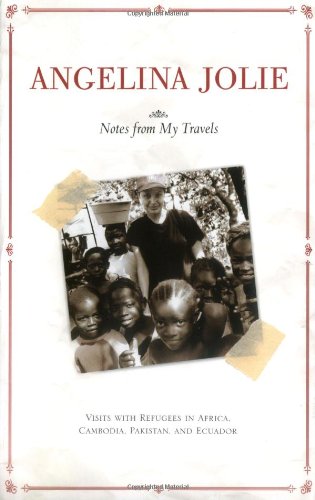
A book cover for Notes from My Travels: Visits with Refugees in Africa, Cambodia, Pakistan and Ecuador; Angelina Jolie; Travel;